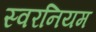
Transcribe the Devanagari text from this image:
स्वरनियम